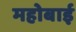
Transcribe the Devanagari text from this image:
महोबाई